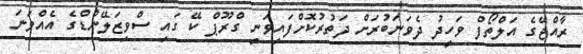
ރާއްޖޭގެ އަލްތޯފް ވަހީދު ދެވަނަބުރަށް ދަތުރުކޮށްފައިވަނީ ގްރޫޕް ކޭ ގައި ސްވިޒަލޭންޑްގެ އެއްވަނަ